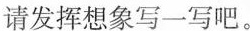
请发挥想象写一写吧。